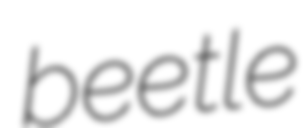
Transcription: beetle